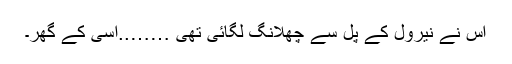
اس نے نیرول کے پُل سے چھلانگ لگائی تھی ……..اُسی کے گھر۔